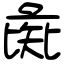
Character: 彘